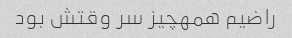
راضیم همهچیز سر وقتش بود